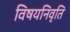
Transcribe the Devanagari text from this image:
विषयनिवृति